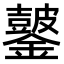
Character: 𫓖